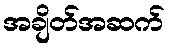
အချိတ်အဆက်